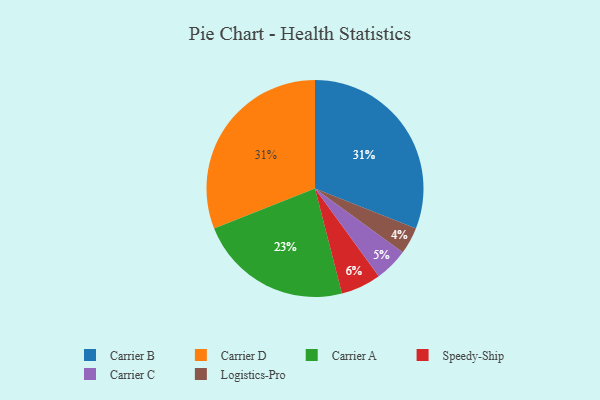
{"axis": {"x": "Category", "y": "Percentage"}, "legend": ["Carrier A", "Carrier B", "Carrier C", "Carrier D", "Logistics-Pro", "Speedy-Ship"], "data": [{"x": "Logistics-Pro", "y": 4, "type": "Logistics-Pro"}, {"x": "Carrier A", "y": 23, "type": "Carrier A"}, {"x": "Speedy-Ship", "y": 6, "type": "Speedy-Ship"}, {"x": "Carrier B", "y": 31, "type": "Carrier B"}, {"x": "Carrier C", "y": 5, "type": "Carrier C"}, {"x": "Carrier D", "y": 31, "type": "Carrier D"}]}